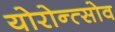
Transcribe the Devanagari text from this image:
योरोन्त्सोव